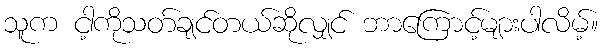
သူက ငါ့ကိုသတ်ချင်တယ်ဆိုလျှင် ဘာကြောင့်များပါလိမ့်။